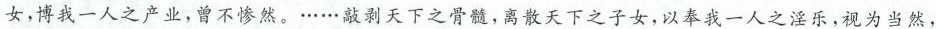
女，博我一人之产业，曾不惨然。……敲剥天下之骨髓，离散天下之子女，以奉我一人之淫乐，视为当然，